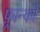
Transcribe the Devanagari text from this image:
फ़्रान्को